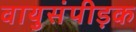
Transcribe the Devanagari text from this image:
वायुसंपीड़क